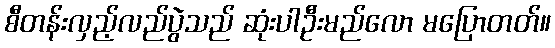
စီတန်းလှည့်လည်ပွဲသည် ဆုံးပါဦးမည်လော မပြောတတ်။